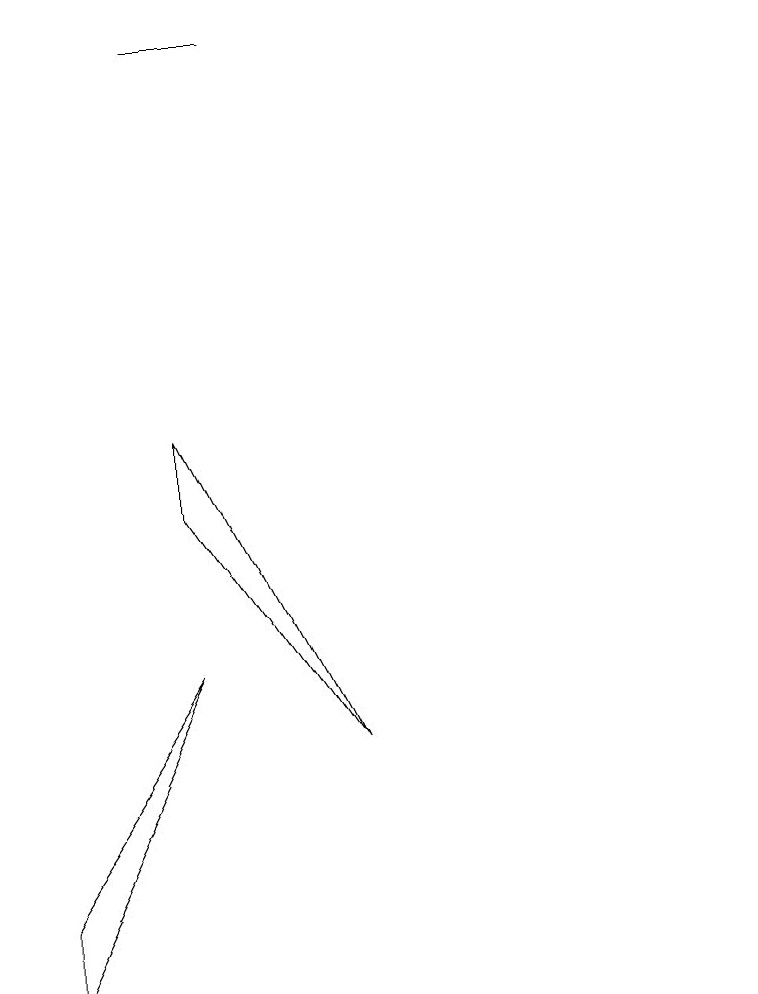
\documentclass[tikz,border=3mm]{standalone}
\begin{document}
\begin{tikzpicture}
\draw (5,4) -- (3,1) -- (3,0) -- cycle;
\draw (5,12) rectangle (6,12);
\draw (12,10) circle (0);
\draw (5,6) -- (5,7) -- (7,3) -- cycle;
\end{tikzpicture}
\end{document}